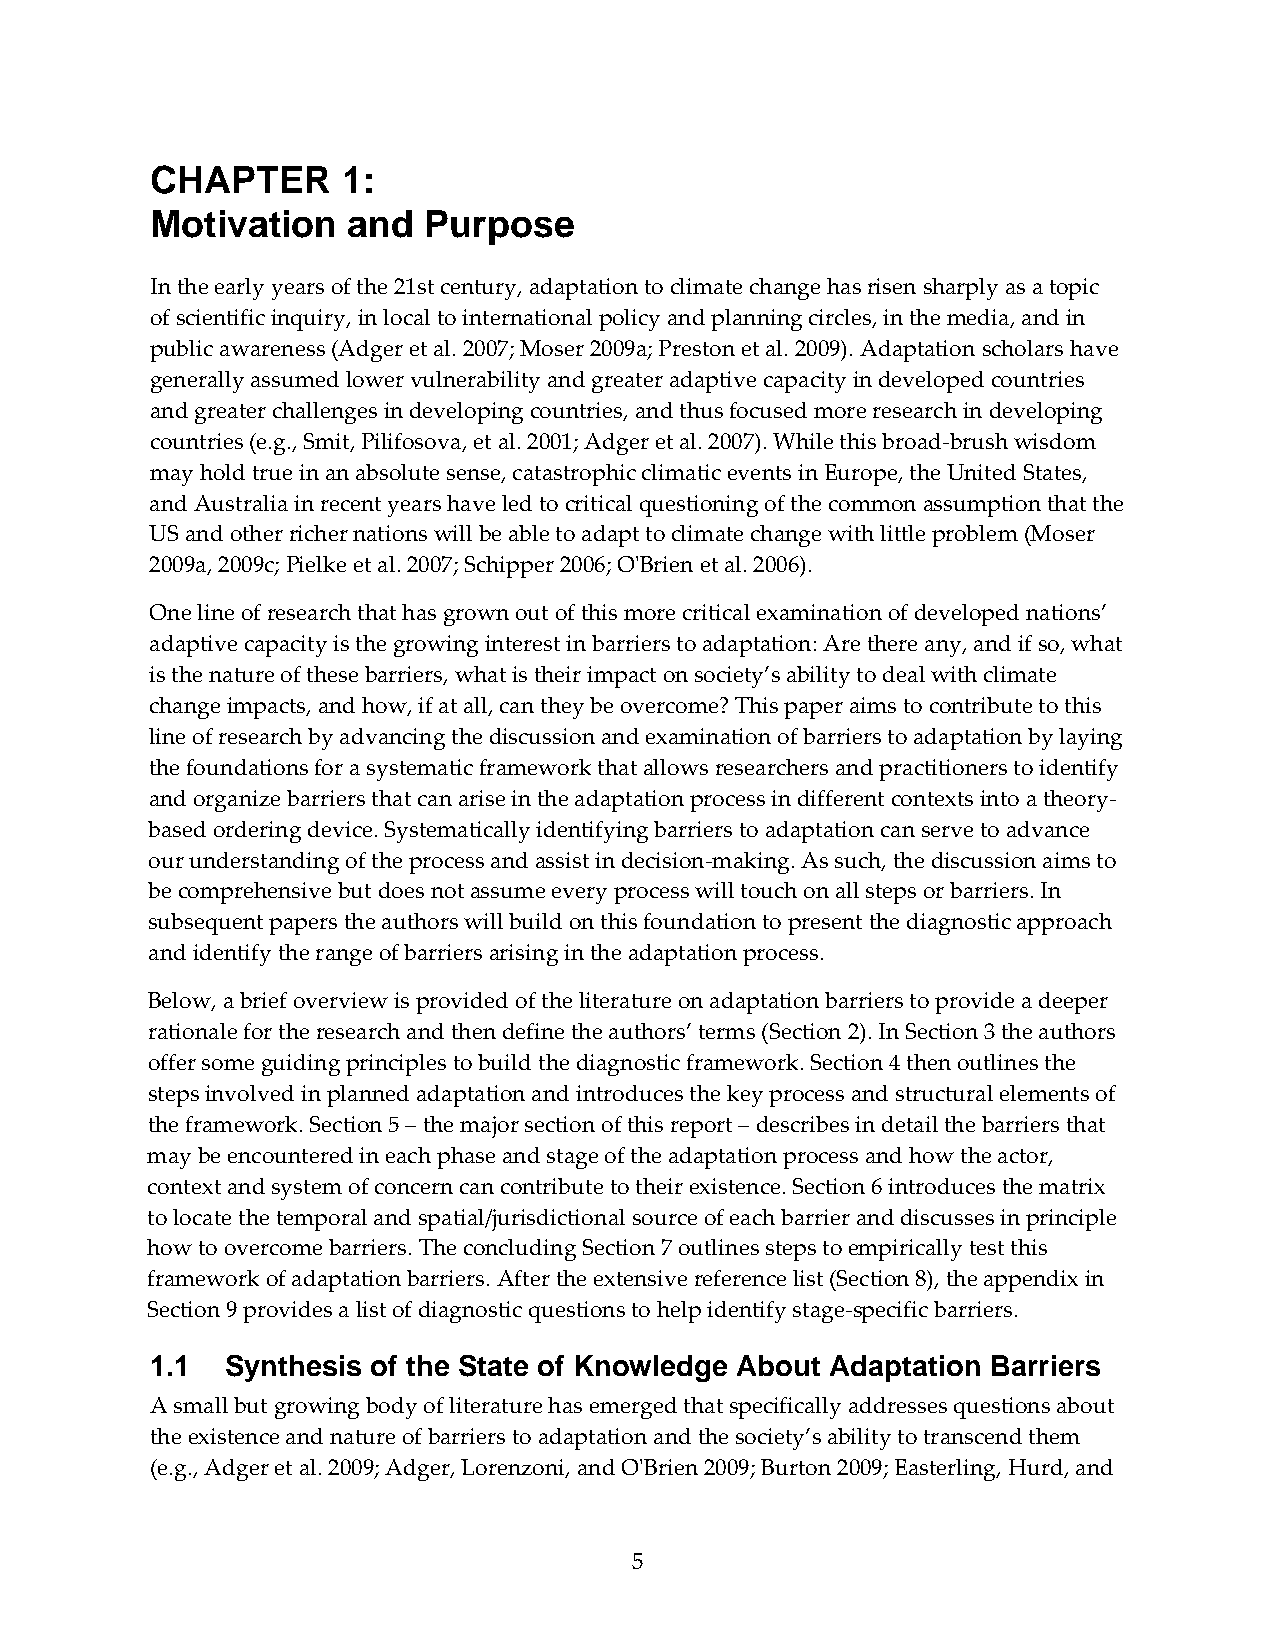
CHAPTER      1:
 Motivation   and  Purpose
 In the early years of the 21st century, adaptation to climate change has risen sharply as a topic
 of scientific inquiry, in local to international policy and planning circles, in the media, and in
 public awareness (Adger et al. 2007; Moser 2009a; Preston et al. 2009). Adaptation scholars have
 generally assumed lower vulnerability and greater adaptive capacity in developed countries
 and greater challenges in developing countries, and thus focused more research in developing
 countries (e.g., Smit, Pilifosova, et al. 2001; Adger et al. 2007). While this broad‐brush wisdom
 may hold true in an absolute sense, catastrophic climatic events in Europe, the United States,
 and Australia in recent years have led to critical questioning of the common assumption that the
 US and other richer nations will be able to adapt to climate change with little problem (Moser
 2009a, 2009c; Pielke et al. 2007; Schipper 2006; OʹBrien et al. 2006).
 One line of research that has grown out of this more critical examination of developed nations’
 adaptive capacity is the growing interest in barriers to adaptation: Are there any, and if so, what
 is the nature of these barriers, what is their impact on society’s ability to deal with climate
 change impacts, and how, if at all, can they be overcome? This paper aims to contribute to this
 line of research by advancing the discussion and examination of barriers to adaptation by laying
 the foundations for a systematic framework that allows researchers and practitioners to identify
 and organize barriers that can arise in the adaptation process in different contexts into a theory‐
 based ordering device. Systematically identifying barriers to adaptation can serve to advance
 our understanding of the process and assist in decision‐making. As such, the discussion aims to
 be comprehensive but does not assume every process will touch on all steps or barriers. In
 subsequent papers the authors will build on this foundation to present the diagnostic approach
 and identify the range of barriers arising in the adaptation process.
 Below, a brief overview is provided of the literature on adaptation barriers to provide a deeper
 rationale for the research and then define the authors’ terms (Section 2). In Section 3 the authors
 offer some guiding principles to build the diagnostic framework. Section 4 then outlines the
 steps involved in planned adaptation and introduces the key process and structural elements of
 the framework. Section 5 – the major section of this report – describes in detail the barriers that
 may be encountered in each phase and stage of the adaptation process and how the actor,
 context and system of concern can contribute to their existence. Section 6 introduces the matrix
 to locate the temporal and spatial/jurisdictional source of each barrier and discusses in principle
 how to overcome barriers. The concluding Section 7 outlines steps to empirically test this
 framework of adaptation barriers. After the extensive reference list (Section 8), the appendix in
 Section 9 provides a list of diagnostic questions to help identify stage‐specific barriers.
 1.1  Synthesis of the State of Knowledge About Adaptation Barriers
 A small but growing body of literature has emerged that specifically addresses questions about
 the existence and nature of barriers to adaptation and the society’s ability to transcend them
 (e.g., Adger et al. 2009; Adger, Lorenzoni, and OʹBrien 2009; Burton 2009; Easterling, Hurd, and
 5